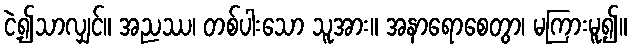
ငဲ့၍သာလျှင်။ အညဿ၊ တစ်ပါးသော သူအား။ အနာရောစေတွာ၊ မကြားမူ၍။